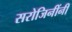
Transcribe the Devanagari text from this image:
सरोजिनींनी